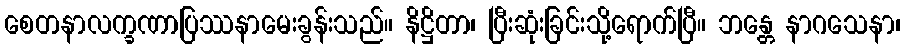
စေတနာလက္ခဏာပြဿနာမေးခွန်းသည်။ နိဋ္ဌိတာ၊ ပြီးဆုံးခြင်းသို့ရောက်ပြီ။ ဘန္တေ နာဂသေနာ၊